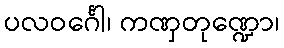
ပလဝင်္ဂေါ၊ ကဏှတုဏ္ဍော၊